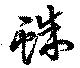
蛛